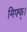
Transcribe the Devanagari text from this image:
मिफ्फ्।